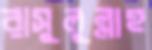
রাসুলুল্লাহ